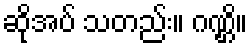
ဆိုအပ် သတည်း။ ဂဏ္ဌိ။